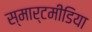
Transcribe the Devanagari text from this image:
स्मार्टमीडिया